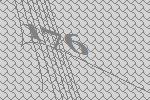
176